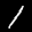
Label: 1